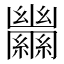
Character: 𦇵